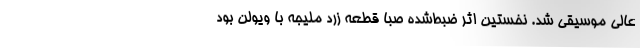
عالی موسیقی شد. نخستین اثر ضبط‌شدهٔ صبا قطعهٔ زرد ملیجه با ویولن بود